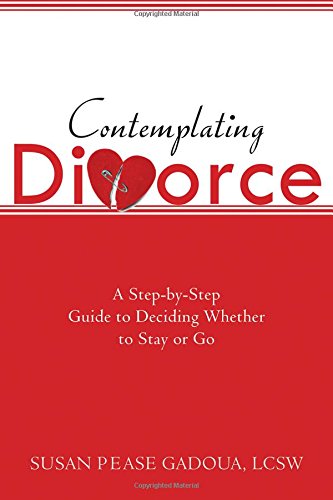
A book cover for Contemplating Divorce: A Step-by-Step Guide to Deciding Whether to Stay or Go; Susan Gadoua; Parenting & Relationships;